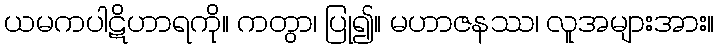
ယမကပါဋိဟာရကို။ ကတွာ၊ ပြု၍။ မဟာဇနဿ၊ လူအများအား။